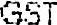
GST